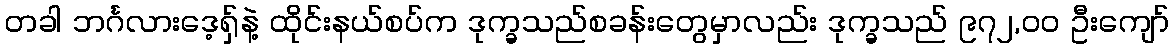
တခါ ဘင်္ဂလားဒေ့ရှ်နဲ့ ထိုင်းနယ်စပ်က ဒုက္ခသည်စခန်းတွေမှာလည်း ဒုက္ခသည် ၉၇၂,၀၀ ဦးကျော်